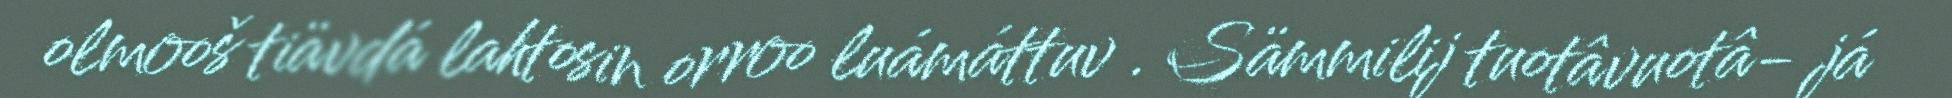
olmooš tiävdá lahtosin orroo luámáttuv . Sämmilij tuotâvuotâ- já